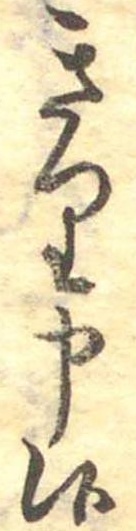
きり申候